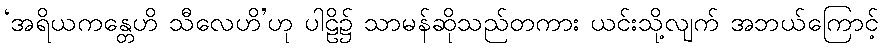
‘အရိယကန္တေဟိ သီလေဟိ’ဟု ပါဠိ၌ သာမန်ဆိုသည်တကား ယင်းသို့လျက် အဘယ်ကြောင့်